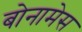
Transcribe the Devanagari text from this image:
बोनामेस